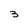
Character: 3